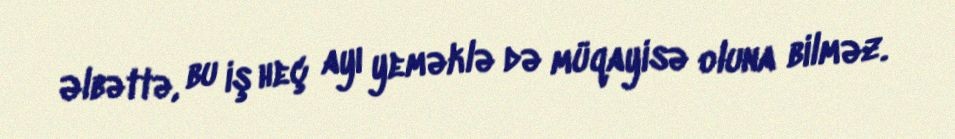
Əlbəttə, bu iş heç ayı yeməklə də müqayisə oluna bilməz.